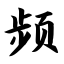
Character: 频